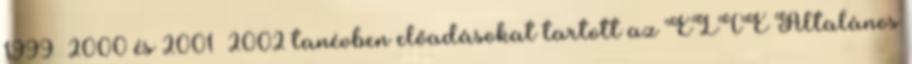
1999 2000 és 2001 2002 tanévben előadásokat tartott az ELTE Általános